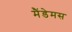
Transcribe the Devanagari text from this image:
मैंडेमस